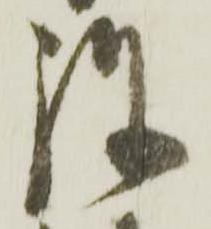
弥